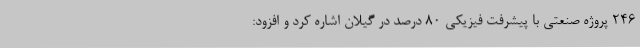
246 پروژه صنعتی با پیشرفت فیزیکی 80 درصد در گیلان اشاره کرد و افزود: